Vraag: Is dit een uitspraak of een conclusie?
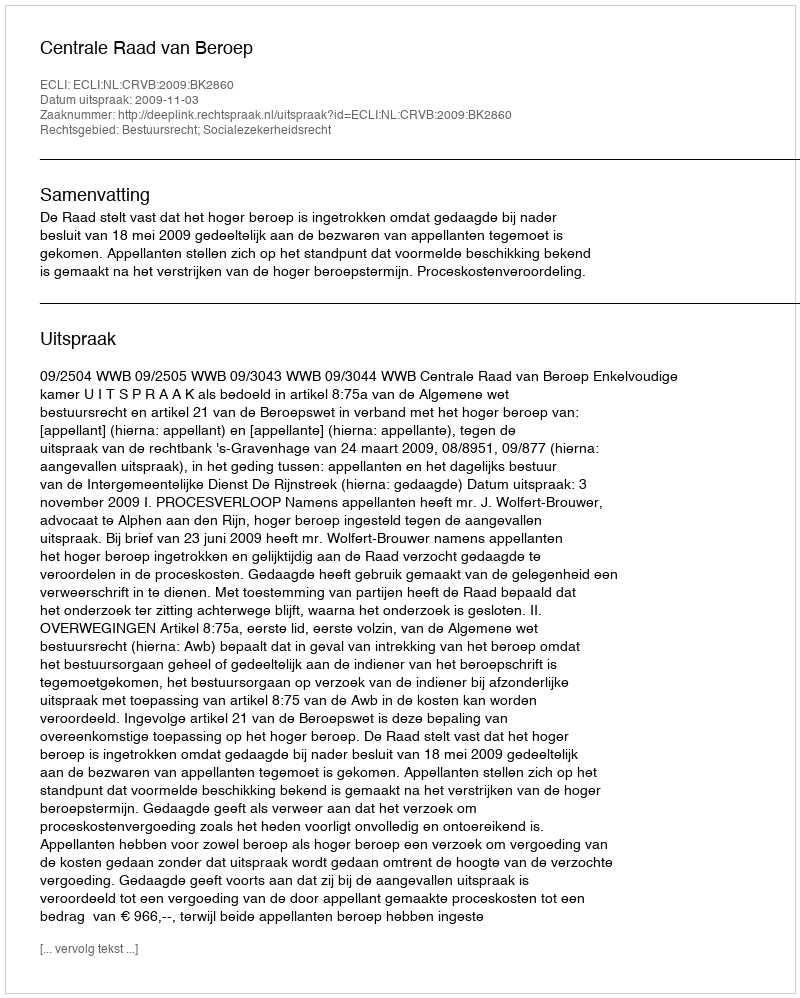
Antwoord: Uitspraak